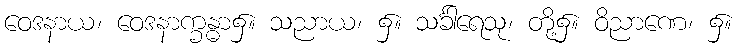
ဝေဒနာယ၊ ဝေဒနာက္ခန္ဓာ၌။ သညာယ၊ ၌။ သင်္ခါရေသု၊ တို့၌။ ဝိညာဏေ၊ ၌။